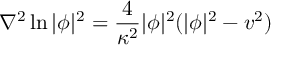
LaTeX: \nabla ^ { 2 } \ln | \phi | ^ { 2 } = \frac { 4 } { \kappa ^ { 2 } } | \phi | ^ { 2 } ( | \phi | ^ { 2 } - v ^ { 2 } )